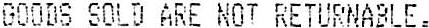
GOODS SOLD ARE NOT RETURNABLE.